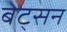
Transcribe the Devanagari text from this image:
बेट्सन